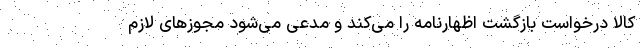
کالا درخواست بازگشت اظهارنامه را می‌کند و مدعی می‌شود مجوزهای لازم